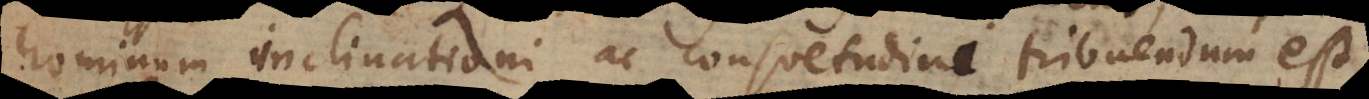
hominum inclinationi ac consuetudini tribuendum est,